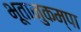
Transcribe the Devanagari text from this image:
भूतानुकम्पा